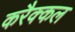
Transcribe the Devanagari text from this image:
करैक्कल